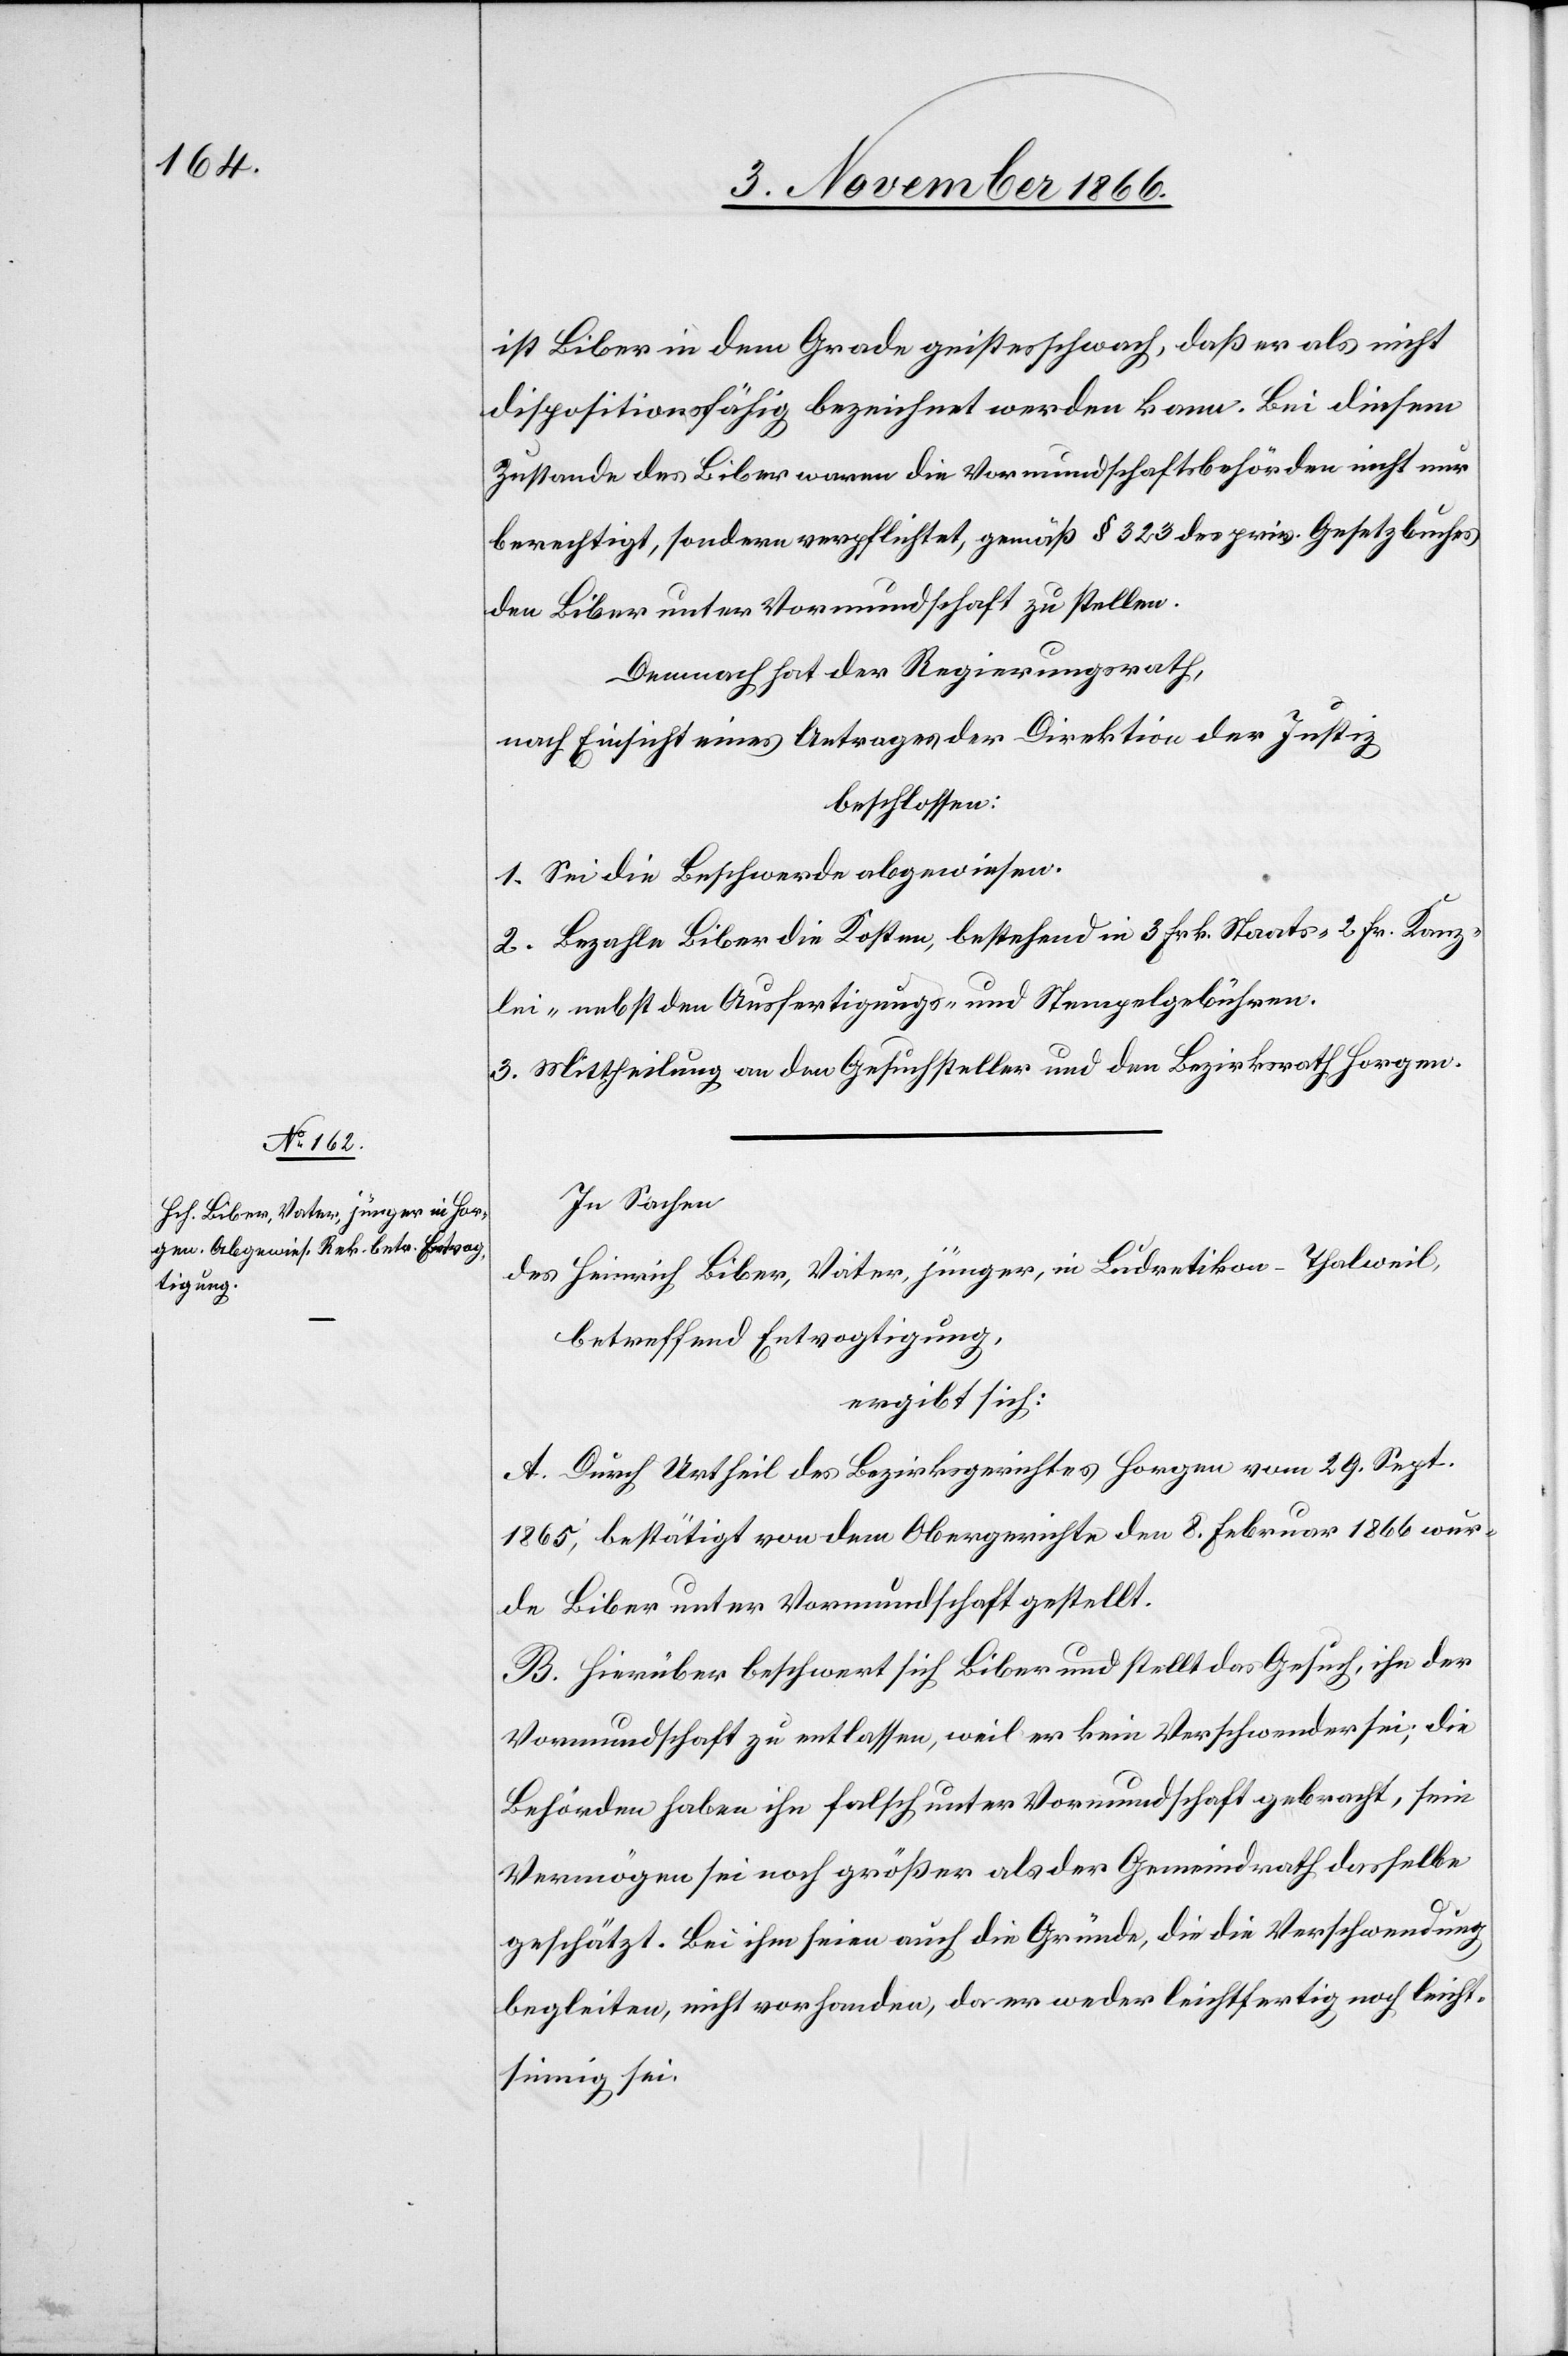
ist Biber in dem Grade geistesschwach, daß er als nicht
dispositionsfähig bezeichnet werden kann. Bei diesem
Zustande des Biber waren die Vormundschaftsbehörden nicht nur
berechtigt, sondern verpflichtet, gemäß § 323 des priv. Gesetzbuches
den Biber unter Vormundschaft zu stellen.
Demnach hat der Regierungsrath,
nach Einsicht eines Antrages der Direktion des Justiz,
beschlossen:
1. Sei die Beschwerde abgewiesen.
2. Bezahle Biber die Kosten, bestehend in 3 Frk. Staats-[,] 2 Frk. Kanz¬
lei- nebst den Ausfertigungs- und Stempelgebühren.
3. Mittheilung an den Gesuchsteller und den Bezirksrath Horgen.
In Sachen
des Heinrich Biber, Vater, jünger, in Ludretikon-Thalweil,
betreffend Entvogtigung,
ergibt sich:
A. Durch Urtheil des Bezirksgerichtes Horgen vom 29. Sept.
1865, bestätigt von dem Obergerichte den 8. Februar 1866 wur¬
de Biber unter Vormundschaft gestellt.
B. Hierüber beschwert sich Biber und stellt das Gesuch, ihn der
Vormundschaft zu entlassen, weil er kein Verschwender sei; die
Behörden haben ihn falsch unter Vormundschaft gebracht, sein
Vermögen sei noch größer als der Gemeindrath dasselbe
geschätzt. Bei ihm seien auch die Gründe, die die Verschwendung
begleiten, nicht vorhanden, da er weder leichtfertig noch leicht¬
sinnig sei.